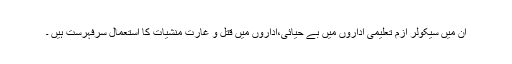
ان میں سیکولر ازم تعلیمی اداروں میں بے حیائی،اداروں میں قتل و غارت منشیات کا استعمال سرفہرست ہیں ۔